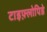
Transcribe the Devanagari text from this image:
टाइफ़्लोपिडे